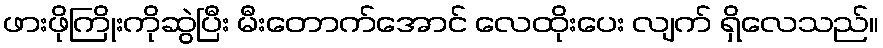
ဖားဖိုကြိုးကိုဆွဲပြီး မီးတောက်အောင် လေထိုးပေး လျက် ရှိလေသည်။